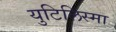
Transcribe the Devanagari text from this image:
युटिलिस्मा